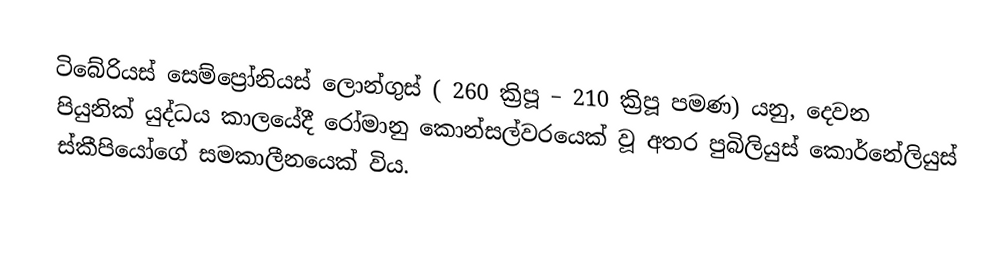
ටි‍බේරියස් සෙම්ප්‍රෝනියස් ලොන්ගුස් ( 260 ක්‍රිපූ – 210 ක්‍රිපූ පමණ) යනු, දෙවන පියුනික් යුද්ධය කාලයේදී රෝමානු කොන්සල්වරයෙක් වූ අතර  පුබිලියුස් කොර්නේලියුස් ස්කීපියෝගේ සමකාලීනයෙක් විය.